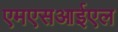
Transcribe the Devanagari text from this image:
एमएसआईएल